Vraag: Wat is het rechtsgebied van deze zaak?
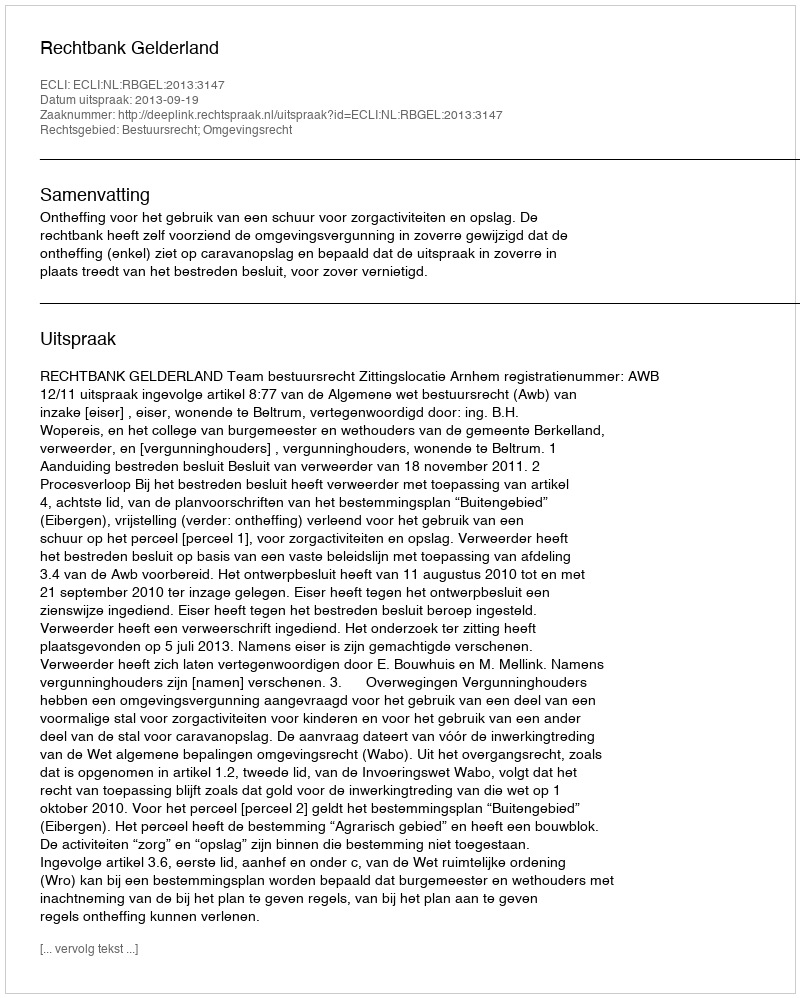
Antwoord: Bestuursrecht; Omgevingsrecht